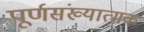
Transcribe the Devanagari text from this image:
पूर्णसंख्यात्मक